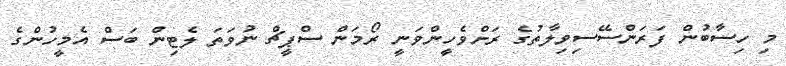
މި ހިސާބުން ފަރަންސޭސިވިލާތުގެ ރަށްވެހީންވަނީ ރޯމަން ސްޕީޗް ނުވަތަ ލެޓިން ބަސް އެމީހުންގެ